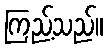
ကြည့်သည်။